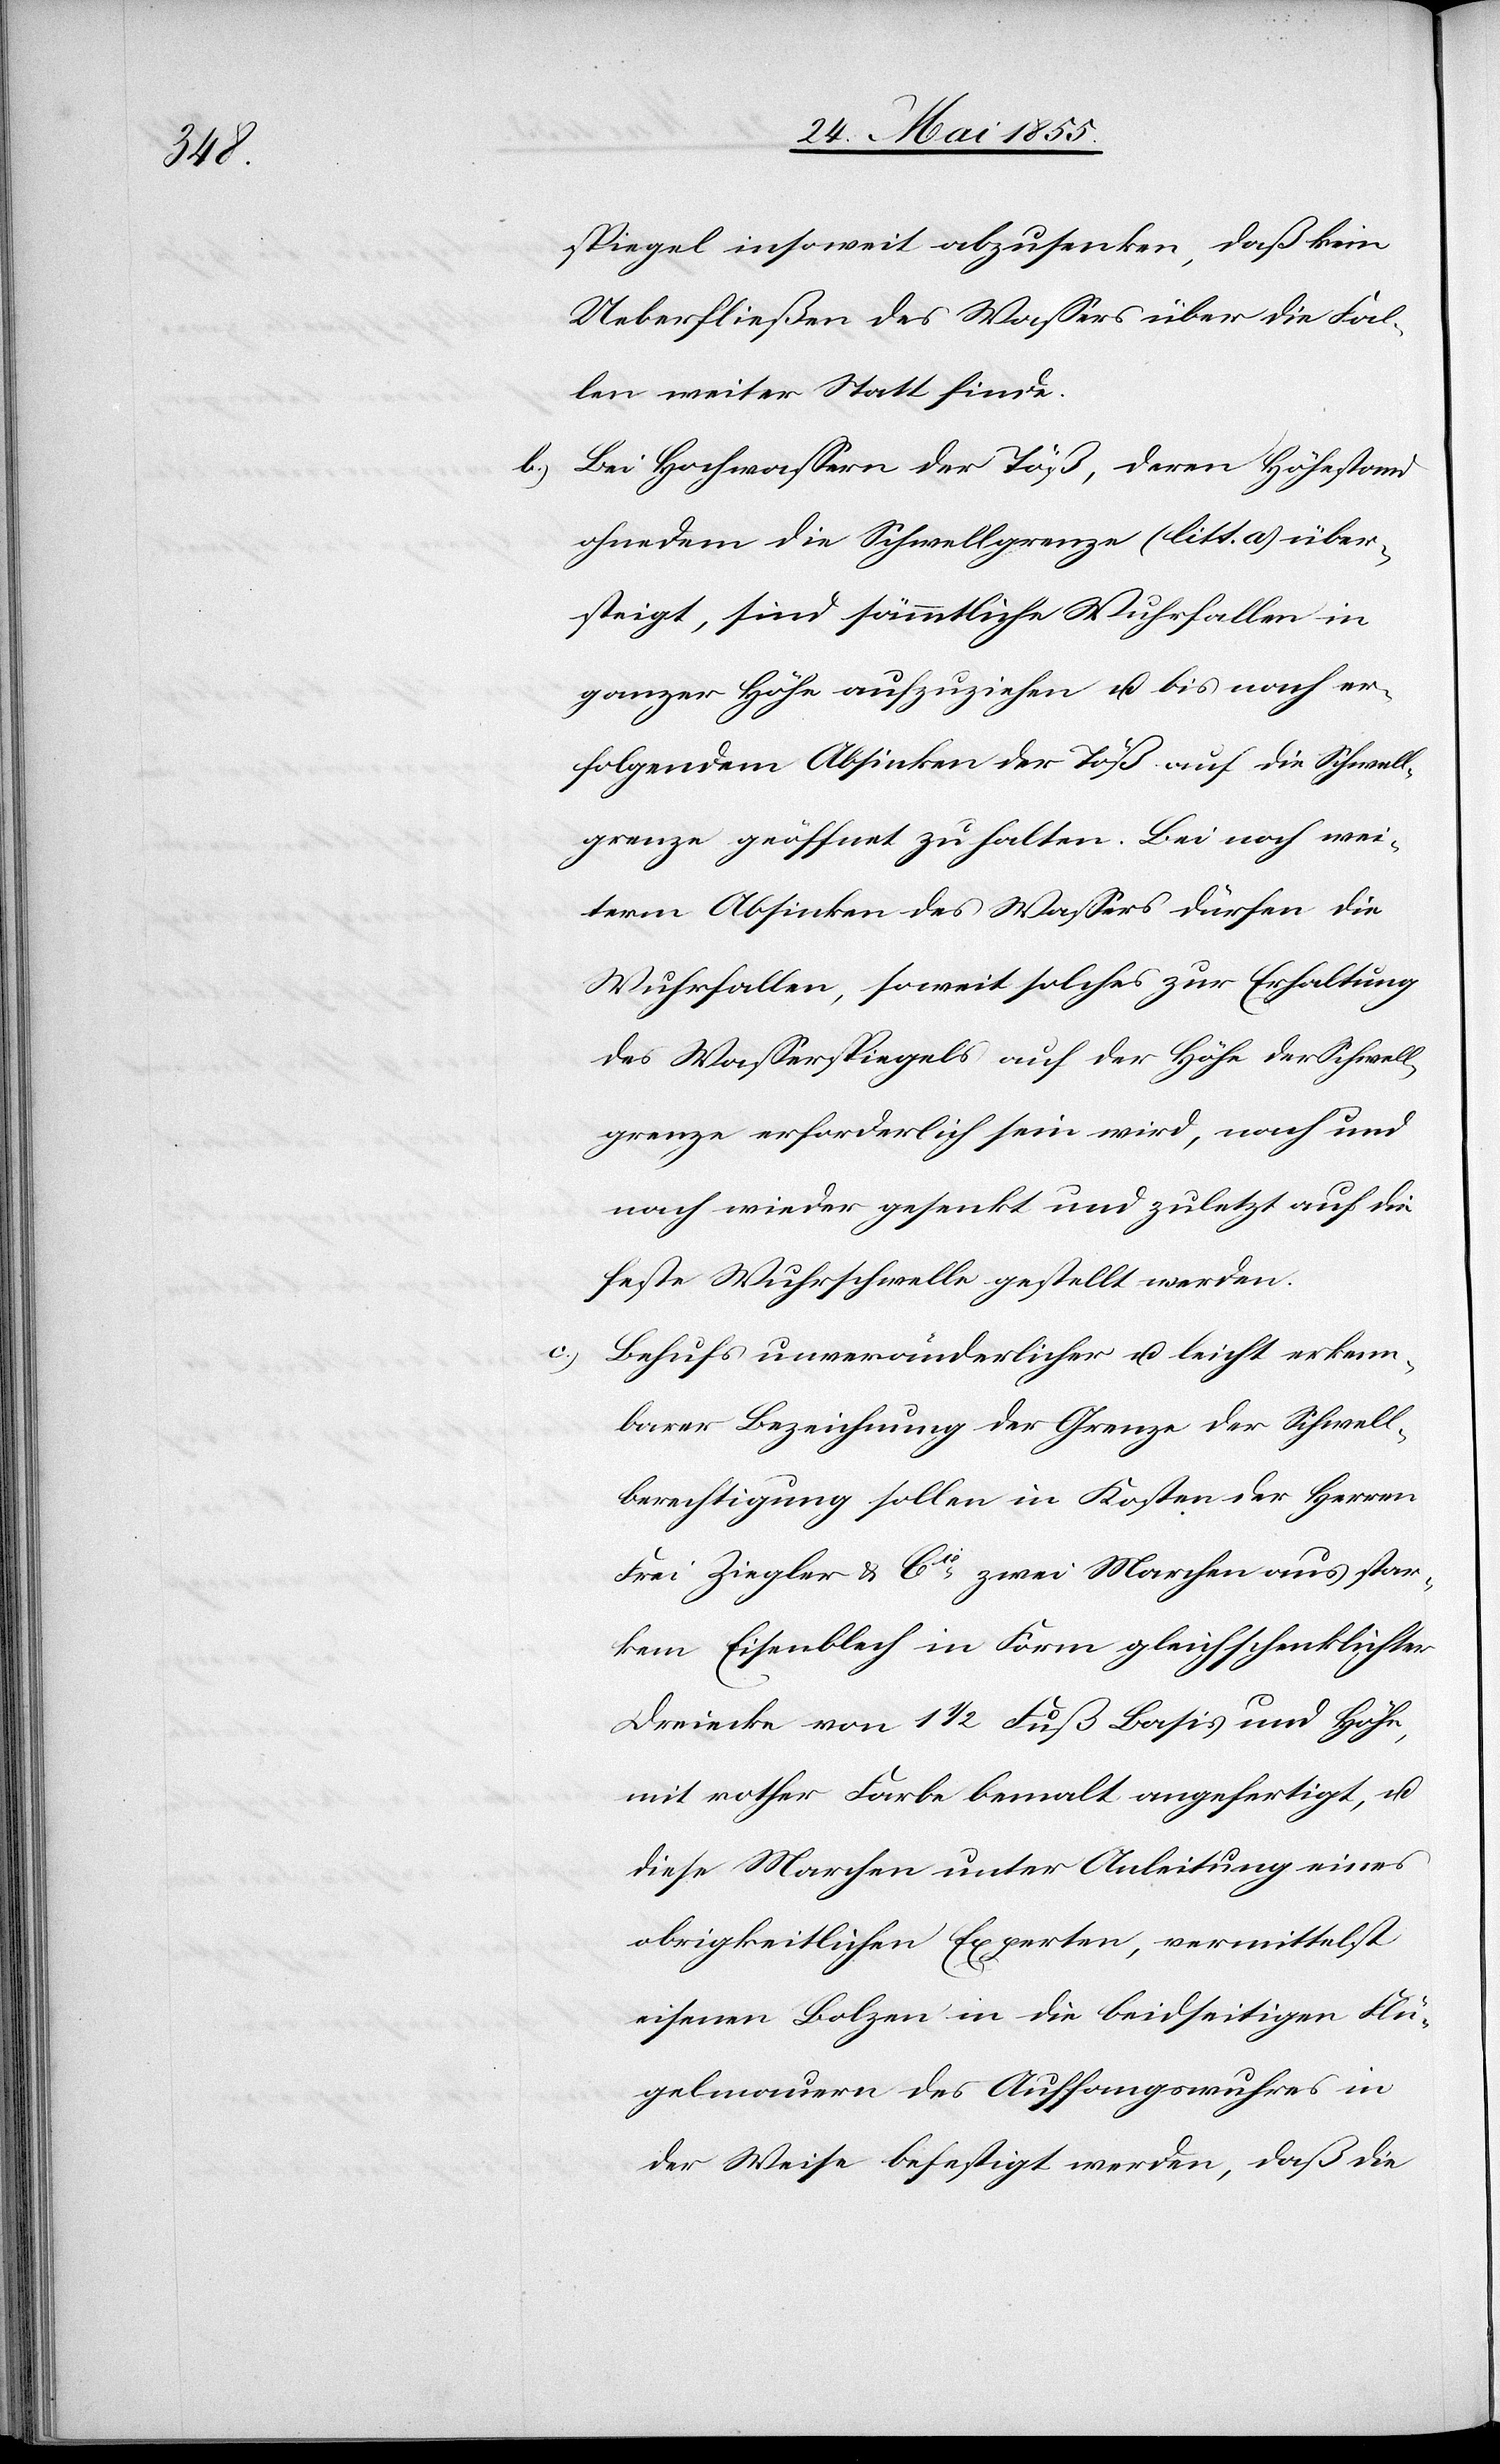
c.)

spiegel insoweit abzusenken, daß kein
Ueberfließen des Wassers über die Fal¬
len weiter Statt finde.
Bei Hochwassern der Töß, deren Höhestand
ohnedem die Schwellgrenze (litt. a) über¬
steigt, sind sämmtliche Wuhrfallen in
ganzer Höhe aufzuziehen u. bis nach er¬
folgendem Absinken der Töß auf die Schwell¬
grenze geöffnet zu halten. Bei noch wei¬
term Absinken des Wassers dürfen die
Wuhrfallen, soweit solches zur Erhaltung
des Wasserspiegels auf der Höhe der Schwell¬
grenze erforderlich sein wird, nach und
nach wieder gesenkt und zuletzt auf die
feste Wuhrschwelle gestellt werden.
Behufs unveränderlicher u. leicht erkenn¬
barer Bezeichnung der Grenze der Schwell¬
berechtigung sollen in Kosten der Herren
Frei Ziegler & Cie zwei Marchen aus star¬
kem Eisenblech in Form gleichschenklichter
Dreiecke von 1 1/2 Fuß Basis und Höhe,
mit rother Farbe bemalt angefertigt, u.
diese Marchen unter Anleitung eines
obrigkeitlichen Experten, vermittelst
eisenen Bolzen in die beidseitigen Flü¬
gelmauern des Auffangswuhres in
der Weise befestigt werden, daß die